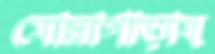
মোল্লাপাড়ায়